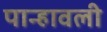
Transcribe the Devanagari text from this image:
पान्हावली